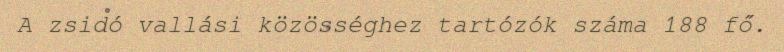
A zsidó vallási közösséghez tartózók száma 188 fő.